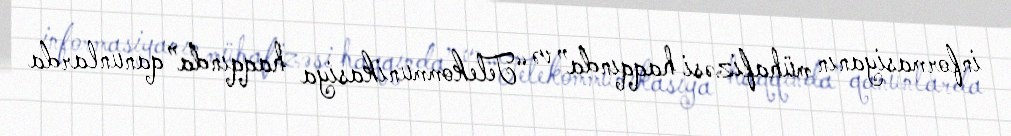
informasiyanın mühafizəsi haqqında” və “Telekommunikasiya haqqında” qanunlarda